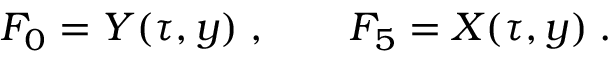
F _ { 0 } = Y ( \tau , y ) \; , \qquad F _ { 5 } = X ( \tau , y ) \; .